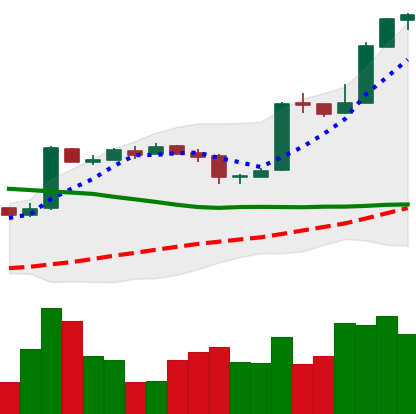
Ticker: BTC-USD
Chart end date: 2016-10-28
Forward return: 7.421%
Label: up_7plus